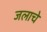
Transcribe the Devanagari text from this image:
जलाचे